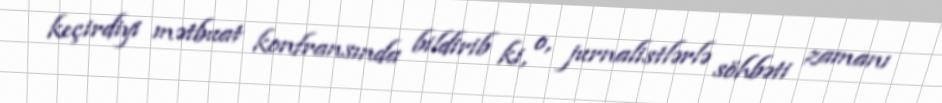
keçirdiyi mətbuat konfransında bildirib ki, o, jurnalistlərlə söhbəti zamanı